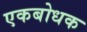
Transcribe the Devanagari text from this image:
एकबोधक